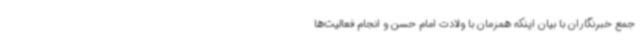
جمع خبرنگاران با بیان اینکه همزمان با ولادت امام حسن و انجام فعالیت‌ها